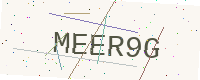
Text: MEER9G